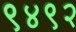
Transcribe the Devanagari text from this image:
९४९२